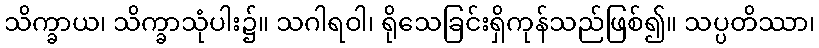
သိက္ခာယ၊ သိက္ခာသုံပါး၌။ သဂါရဝါ၊ ရိုသေခြင်းရှိကုန်သည်ဖြစ်၍။ သပ္ပတိဿာ၊